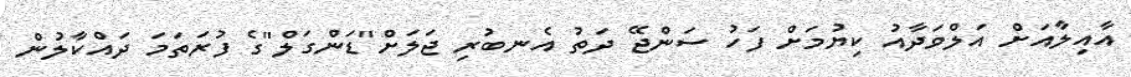
އާއިލާއަށް އަލްވަދާއު ކިޔުމަށް ފަހު ސަންޖޭ ދަތު އެނބުރި ޖަލަށް"ޑަންގަލް"ގެ ފުރަތަމަ ދައްކާލުން